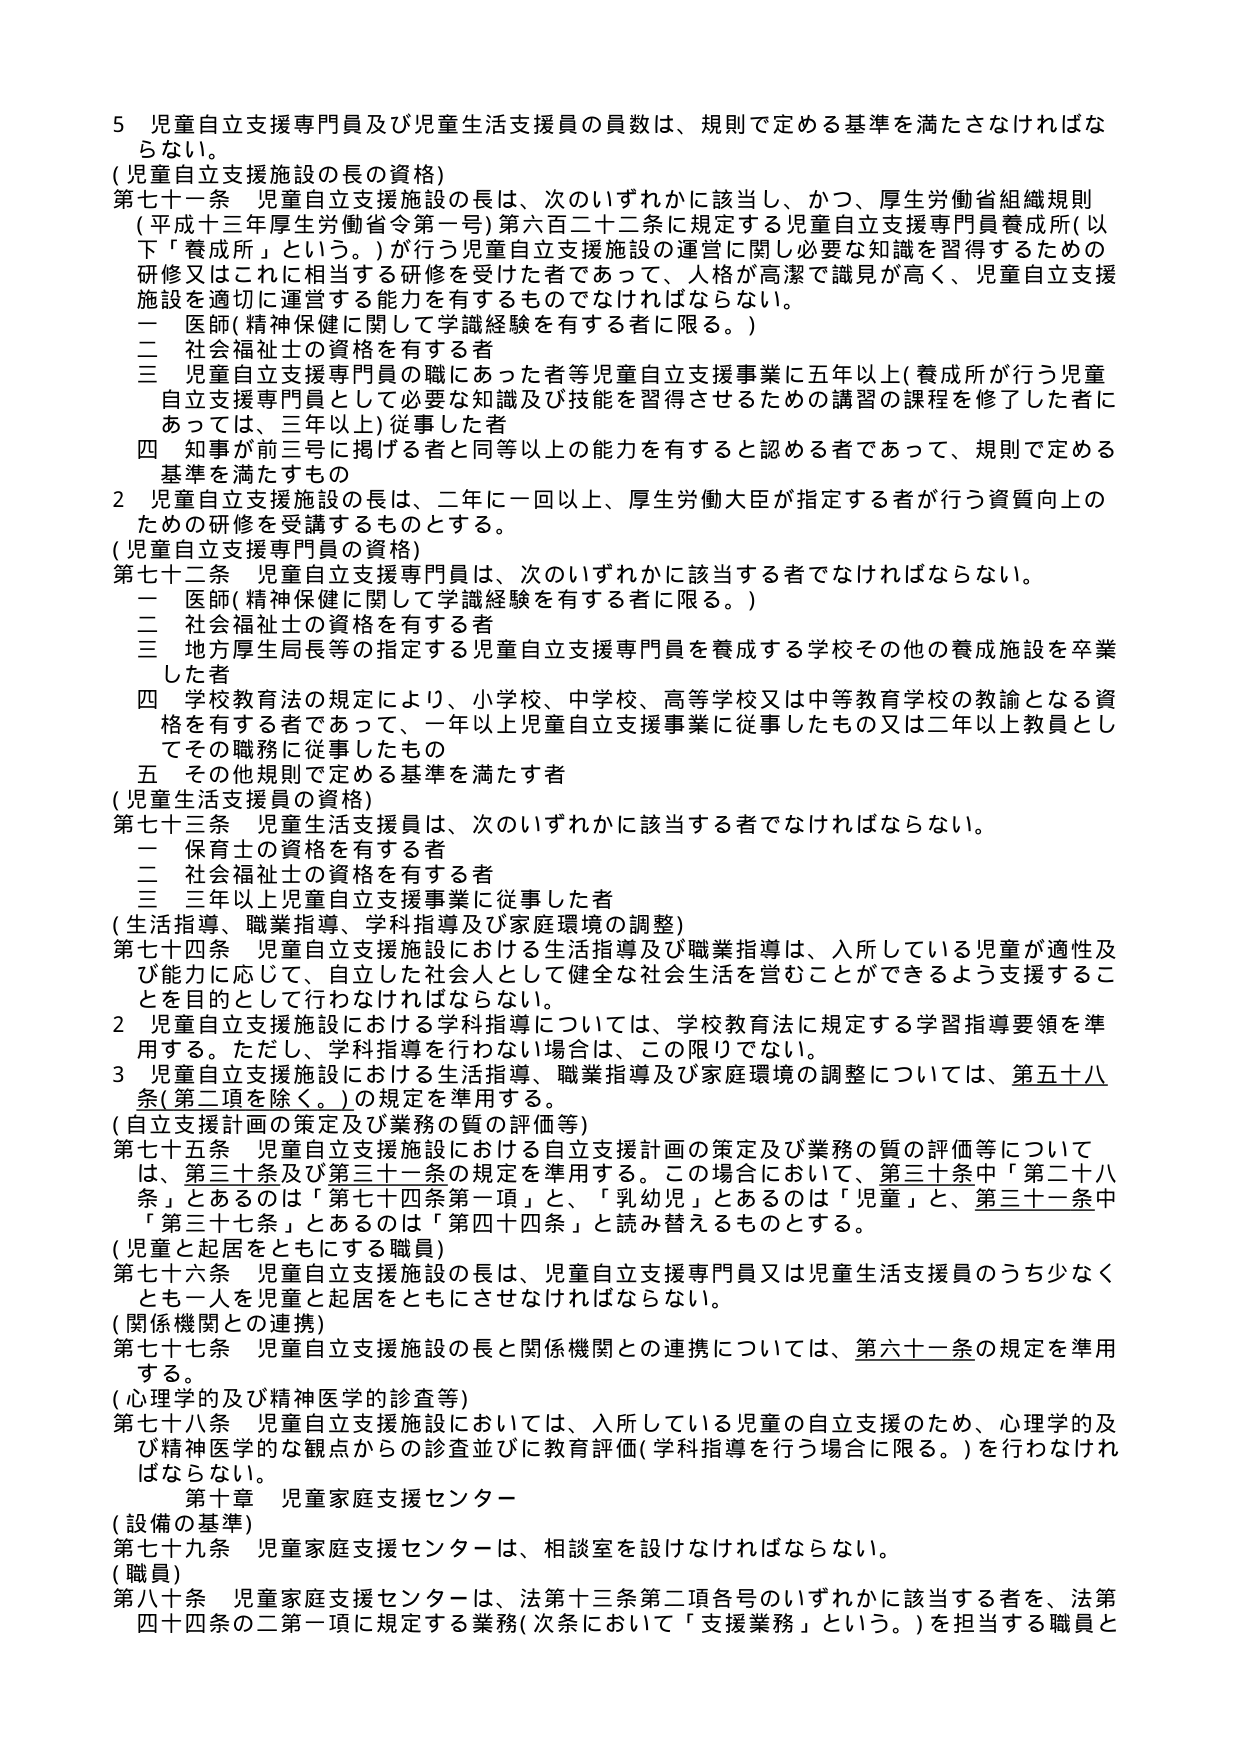
５ 児童自立支援専門員及び児童生活支援員の員数は、規則で定める基準を満たさなければな らない。
（児童自立支援施設の長の資格）
第七十一条 児童自立支援施設の長は、次のいずれかに該当し、かつ、厚生労働省組織規則 （平成十三年厚生労働省令第一号）第六百二十二条に規定する児童自立支援専門員養成所（以 下「養成所」という。）が行う児童自立支援施設の運営に関し必要な知識を習得するための 研修又はこれに相当する研修を受けた者であって、人格が高潔で識見が高く、児童自立支援 施設を適切に運営する能力を有するものでなければならない。
一 医師（精神保健に関して学識経験を有する者に限る。）
二 社会福祉士の資格を有する者
三 児童自立支援専門員の職にあった者等児童自立支援事業に五年以上（養成所が行う児童 自立支援専門員として必要な知識及び技能を習得させるための講習の課程を修了した者に あっては、三年以上）従事した者
四 知事が前三号に掲げる者と同等以上の能力を有すると認める者であって、規則で定める 基準を満たすもの
２ 児童自立支援施設の長は、二年に一回以上、厚生労働大臣が指定する者が行う資質向上の ための研修を受講するものとする。
（児童自立支援専門員の資格）
第七十二条 児童自立支援専門員は、次のいずれかに該当する者でなければならない。
一 医師（精神保健に関して学識経験を有する者に限る。）
二 社会福祉士の資格を有する者
三 地方厚生局長等の指定する児童自立支援専門員を養成する学校その他の養成施設を卒業 した者
四 学校教育法の規定により、小学校、中学校、高等学校又は中等教育学校の教諭となる資 格を有する者であって、一年以上児童自立支援事業に従事したもの又は二年以上教員とし てその職務に従事したもの
五 その他規則で定める基準を満たす者
（児童生活支援員の資格）
第七十三条 児童生活支援員は、次のいずれかに該当する者でなければならない。
一 保育士の資格を有する者
二 社会福祉士の資格を有する者
三 三年以上児童自立支援事業に従事した者
（生活指導、職業指導、学科指導及び家庭環境の調整）
第七十四条 児童自立支援施設における生活指導及び職業指導は、入所している児童が適性及 び能力に応じて、自立した社会人として健全な社会生活を営むことができるよう支援するこ とを目的として行わなければならない。
２ 児童自立支援施設における学科指導については、学校教育法に規定する学習指導要領を準 用する。ただし、学科指導を行わない場合は、この限りでない。
３ 児童自立支援施設における生活指導、職業指導及び家庭環境の調整については、第五十八 条（第二項を除く。）の規定を準用する。
（自立支援計画の策定及び業務の質の評価等）
第七十五条 児童自立支援施設における自立支援計画の策定及び業務の質の評価等について は、第三十条及び第三十一条の規定を準用する。この場合において、第三十条中「第二十八 条」とあるのは「第七十四条第一項」と、「乳幼児」とあるのは「児童」と、第三十一条中 「第三十七条」とあるのは「第四十四条」と読み替えるものとする。
（児童と起居をともにする職員）
第七十六条 児童自立支援施設の長は、児童自立支援専門員又は児童生活支援員のうち少なく とも一人を児童と起居をともにさせなければならない。
（関係機関との連携）
第七十七条 児童自立支援施設の長と関係機関との連携については、第六十一条の規定を準用 する。
（心理学的及び精神医学的診査等）
第七十八条 児童自立支援施設においては、入所している児童の自立支援のため、心理学的及 び精神医学的な観点からの診査並びに教育評価（学科指導を行う場合に限る。）を行わなけれ ばならない。
第十章 児童家庭支援センター
（設備の基準）
第七十九条 児童家庭支援センターは、相談室を設けなければならない。
（職員）
第八十条 児童家庭支援センターは、法第十三条第二項各号のいずれかに該当する者を、法第 四十四条の二第一項に規定する業務（次条において「支援業務」という。）を担当する職員と